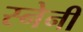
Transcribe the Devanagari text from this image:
स्नेनी